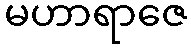
မဟာရာဇေ